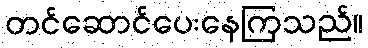
တင်ဆောင်ပေးနေကြသည်။